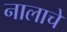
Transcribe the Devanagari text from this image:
नालाचे